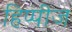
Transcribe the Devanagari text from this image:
हिप्पीज